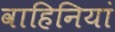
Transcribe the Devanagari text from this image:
वाहिनियां